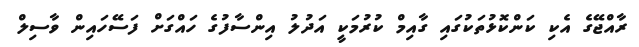
ރާއްޖޭގެ އެކި ކަންކޮޅުތަކުގައި ގާއިމް ކުރުމަކީ އަދުލު އިންސާފުގެ ހައްގަަށް ފަސޭހައިން ވާސިލް